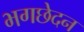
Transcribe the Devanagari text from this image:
भगछेदन